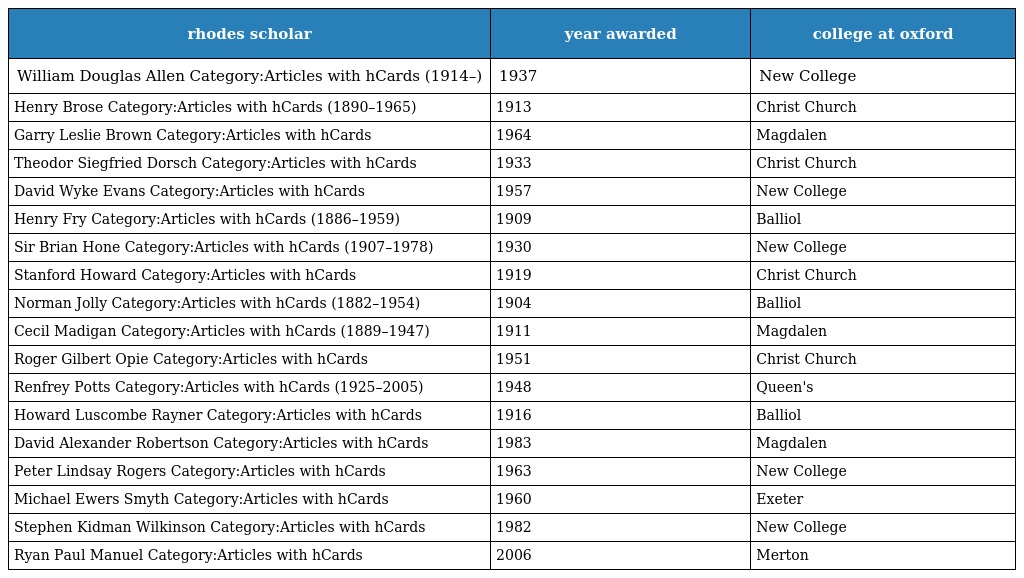
| rhodes scholar | year awarded | college at oxford |
 | --- | --- | --- |
 | William Douglas Allen Category:Articles with hCards (1914–) | 1937 | New College |
 | Henry Brose Category:Articles with hCards (1890–1965) | 1913 | Christ Church |
 | Garry Leslie Brown Category:Articles with hCards | 1964 | Magdalen |
 | Theodor Siegfried Dorsch Category:Articles with hCards | 1933 | Christ Church |
 | David Wyke Evans Category:Articles with hCards | 1957 | New College |
 | Henry Fry Category:Articles with hCards (1886–1959) | 1909 | Balliol |
 | Sir Brian Hone Category:Articles with hCards (1907–1978) | 1930 | New College |
 | Stanford Howard Category:Articles with hCards | 1919 | Christ Church |
 | Norman Jolly Category:Articles with hCards (1882–1954) | 1904 | Balliol |
 | Cecil Madigan Category:Articles with hCards (1889–1947) | 1911 | Magdalen |
 | Roger Gilbert Opie Category:Articles with hCards | 1951 | Christ Church |
 | Renfrey Potts Category:Articles with hCards (1925–2005) | 1948 | Queen's |
 | Howard Luscombe Rayner Category:Articles with hCards | 1916 | Balliol |
 | David Alexander Robertson Category:Articles with hCards | 1983 | Magdalen |
 | Peter Lindsay Rogers Category:Articles with hCards | 1963 | New College |
 | Michael Ewers Smyth Category:Articles with hCards | 1960 | Exeter |
 | Stephen Kidman Wilkinson Category:Articles with hCards | 1982 | New College |
 | Ryan Paul Manuel Category:Articles with hCards | 2006 | Merton |